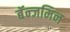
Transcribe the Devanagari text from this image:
बॅन्जमिन